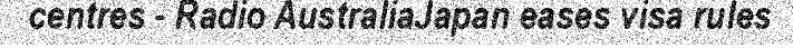
centres - Radio AustraliaJapan eases visa rules